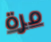
مرة